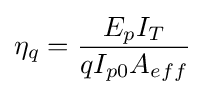
\eta _{q}={\frac {E_{p}I_{T}}{qI_{p0}A_{eff}}}